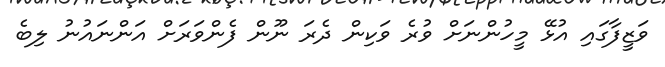
ވަޒީފާގައި އުޅޭ މީހުންނަށް ވުރެ ވަކިން ދެރަ ނޫން ފެންވަރަށް އަންނައުނު ލިބެ